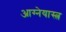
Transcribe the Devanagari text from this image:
आग्‍नेयास्‍त्र